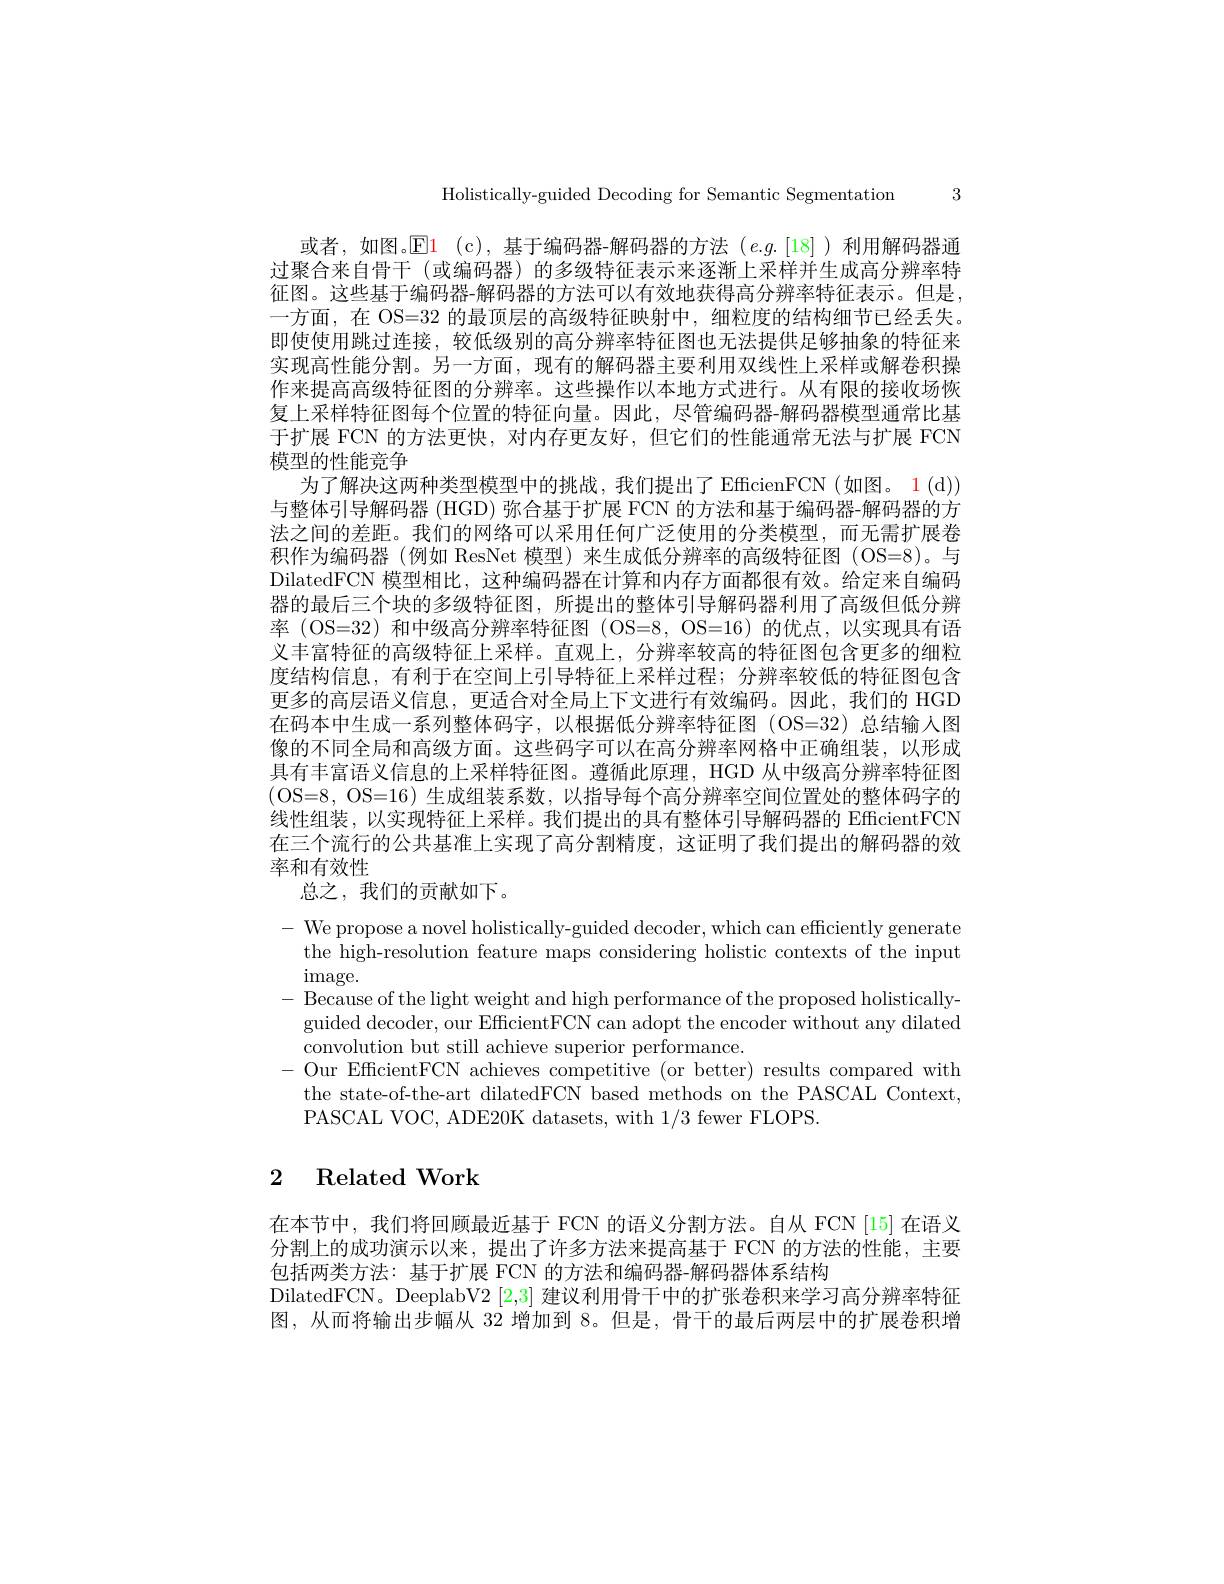
Holistically-guided Decoding for Semantic Segmentation 3

或者，如图。$\operatorname { El}$ (c),基于编码器-解码器的方法(e.g.[18])利用解码器通过聚合来自骨干 (或编码器) 的多级特征表示来逐渐上采样并生成高分辨率特征图。这些基于编码器-解码器的方法可以有效地获得高分辨率特征表示。但是一方面，在 OS=32 的最顶层的高级特征映射中，细粒度的结构细节已经丢失。即使使用跳过连接，较低级别的高分辨率特征图也无法提供足够抽象的特征来实现高性能分割。另一方面，现有的解码器主要利用双线性上采样或解卷积操作来提高高级特征图的分辨率。这些操作以本地方式进行。从有限的接收场恢复上采样特征图每个位置的特征向量。因此，尽管编码器-解码器模型通常比基于扩展 FCN 的方法更快，对内存更友好，但它们的性能通常无法与扩展 FCN 模型的性能竞争
为了解决这两种类型模型中的挑战，我们提出了EfficienFCN(如图。1(d)) 与整体引导解码器 (HGD) 弥合基于扩展 FCN 的方法和基于编码器-解码器的方法之间的差距。我们的网络可以采用任何广泛使用的分类模型，而无需扩展卷积作为编码器(例如 ResNet 模型)来生成低分辨率的高级特征图(OS=8)。与DilatedFCN 模型相比，这种编码器在计算和内存方面都很有效。给定来自编码器的最后三个块的多级特征图，所提出的整体引导解码器利用了高级但低分辨率 (OS=32)和中级高分辨率特征图 (OS=8,OS=16)的优点，以实现具有语义丰富特征的高级特征上采样。直观上，分辨率较高的特征图包含更多的细粒度结构信息，有利于在空间上引导特征上采样过程；分辨率较低的特征图包含更多的高层语义信息，更适合对全局上下文进行有效编码。因此，我们的 HGD 在码本中生成一系列整体码字，以根据低分辨率特征图(OS=32)总结输入图像的不同全局和高级方面。这些码字可以在高分辨率网格中正确组装，以形成具有丰富语义信息的上采样特征图。遵循此原理，HGD 从中级高分辨率特征图(OS= 8, OS= 16) 生成组装系数，以指导每个高分辨率空间位置处的整体码字的线性组装，以实现特征上采样。我们提出的具有整体引导解码器的 EfficientFCN 在三个流行的公共基准上实现了高分割精度，这证明了我们提出的解码器的效率和有效性
总之，我们的贡献如下。
$-{\mathrm{~We~propose~a~novel~holistically-guided~decoder,~which~can~efficiently~generate}}$
the high-resolution feature maps considering holistic contexts of the input
image.
- Because of the light weight and high performance of the proposed holistically-
guided decoder, our EfficientFCN can adopt the encoder without any dilated
convolution but still achieve superior performance.
-Our EfficientFCN achieves competitive (or better) results compared with
the state-of-the-art dilatedFCN based methods on the PASCAL Context,
PASCAL VOC, ADE20K datasets, with 1/3 fewer FLOPS.

# 2 Related Work

在本节中，我们将回顾最近基于 FCN 的语义分割方法。自从 FCN [15] 在语义分割上的成功演示以来，提出了许多方法来提高基于 FCN 的方法的性能，主要包括两类方法：基于扩展 FCN 的方法和编码器-解码器体系结构
DilatedFCN。DeeplabV2 [2,3] 建议利用骨干中的扩张卷积来学习高分辨率特征图，从而将输出步幅从 32 增加到 8。但是，骨干的最后两层中的扩展卷积增